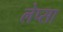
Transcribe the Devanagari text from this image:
लेप्सा